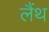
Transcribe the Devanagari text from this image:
लैंथ